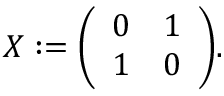
X : = { \left( \begin{array} { l l } { 0 } & { 1 } \\ { 1 } & { 0 } \end{array} \right) } .